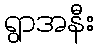
ရွာအနီး